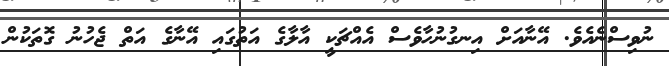
ނުވިސްނެއެވެ. އޭނާއަށް އިނގުނުހާވެސް އެއްޗަކީ އާލާގެ އަތުގައި އޭނާގެ އަތް ޖެހުނު ގޮތަކުން